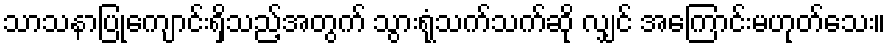
သာသနာပြုကျောင်းရှိသည့်အတွက် သွားရုံသက်သက်ဆို လျှင် အကြောင်းမဟုတ်သေး။